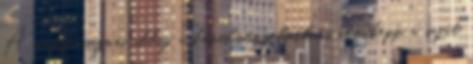
A magyarságom addig a körülményeknek és némiképp a saját